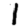
Digit: 1